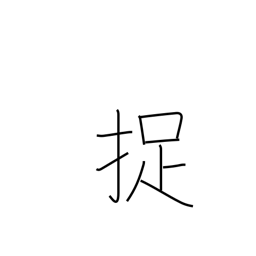
Meaning: catch